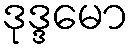
ဒုဒ္ဒမော